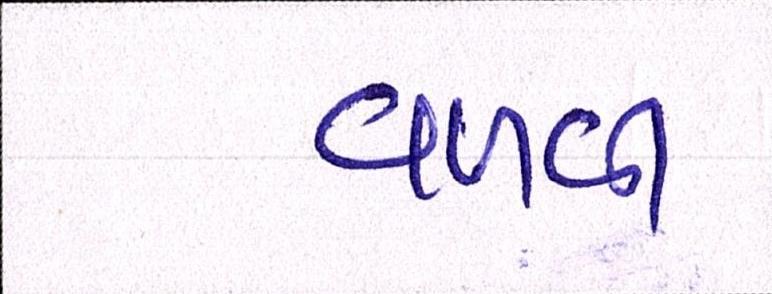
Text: વળગી